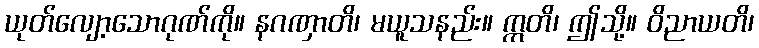
ယုတ်လျော့သောဂုဏ်ကို။ နဂဏှာတိ၊ မယူသနည်း။ ဣတိ၊ ဤသို့။ ဝိညာယတိ၊